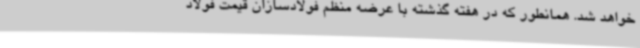
خواهد شد. همانطور که در هفته گذشته با عرضه منظم فولادسازان قیمت فولاد